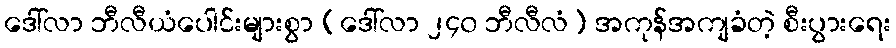
ဒေါ်လာ ဘီလီယံပေါင်းများစွာ (ဒေါ်လာ ၂၄၀ ဘီလီလံ) အကုန်အကျခံတဲ့ စီးပွားရေး